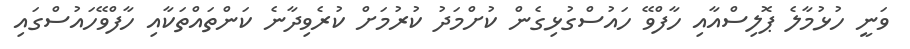
ވަނީ ހުޅުމާލެ ޕޮލިސްއާއި ހާފްވޭ ހައުސްގުޅިގެން ކުށްމަދު ކުރުމަށް ކުރެވިދާނެ ކަންތައްތަކާއި ހާފްވޭހައުސްގައި